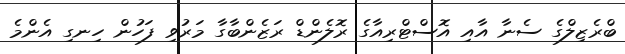
ބްރެޒިލްގެ ސެނާ އާއި އޮސްޓްރިއާގެ ރޮލެންޑް ރަޒެންބާގާ މަރުވި ފަހުން ހިނގި އެންމެ